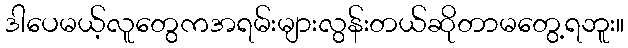
ဒါပေမယ့်လူတွေကအရမ်းများလွန်းတယ်ဆိုတာမတွေ့ရဘူး။